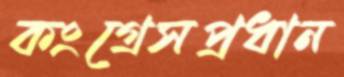
কংগ্রেসপ্রধান